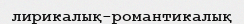
лирикалық-романтикалық